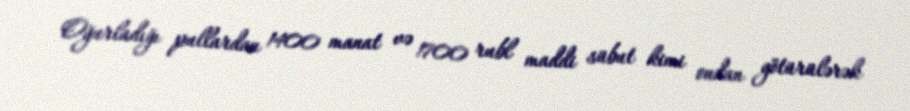
Oğurladığı pullardan 1400 manat və 1700 rubl maddi sübut kimi ondan götürülərək